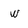
Character: w